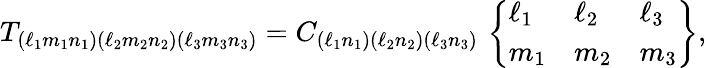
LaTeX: T_{(\ell_{1}m_{1}n_{1})(\ell_{2}m_{2}n_{2})(\ell_{3}m_{3}n_{3})}=C_{(\ell_{1}n_{1})(\ell_{2}n_{2})(\ell_{3}n_{3})}\, \left\{ \begin{array}{lll}{\ell_{1}}&{\ell_{2}}&{\ell_{3}}\\ {m_{1}}&{m_{2}}&{m_{3}}\end{array}\right\} ,